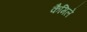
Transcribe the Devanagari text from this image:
कैमिले